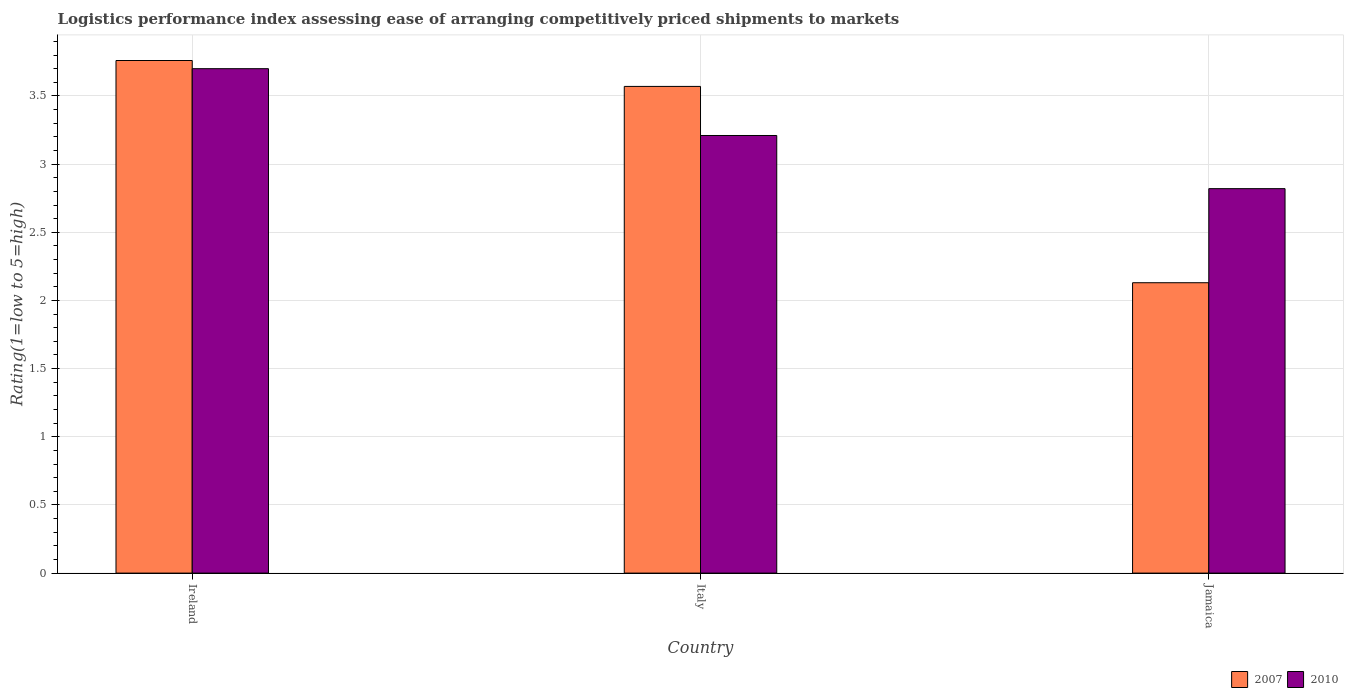
| Country | 2007 | 2010 |
 | --- | --- | --- |
 | Ireland | 3.76 | 3.7 |
 | Italy | 3.57 | 3.21 |
 | Jamaica | 2.13 | 2.82 |